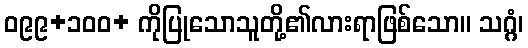
ဝ၉၉+၁၀၀+ ကိုပြုသောသူတို့၏လားရာဖြစ်သော။ သဂ္ဂံ၊